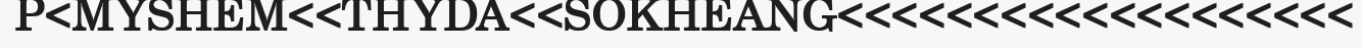
P<MYSHEM<<THYDA<<SOKHEANG<<<<<<<<<<<<<<<<<<<